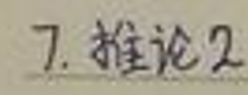
7. 推论2